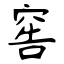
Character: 窖